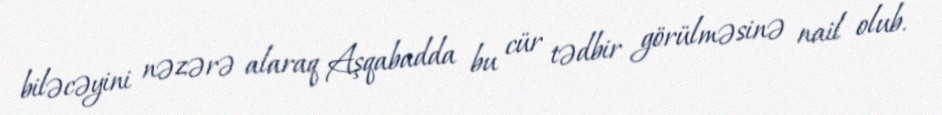
biləcəyini nəzərə alaraq Aşqabadda bu cür tədbir görülməsinə nail olub.